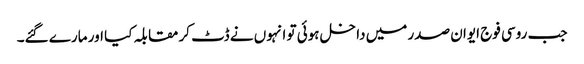
جب روسی فوج ایوان صدر میں داخل ہوئی تو انہوں نے ڈٹ کر مقابلہ کیا اور مارے گئے۔